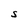
Character: S